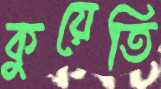
কুয়েতি